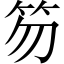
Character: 笏